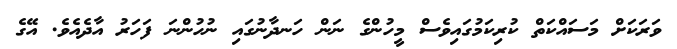
ވަރަކަށް މަސައްކަތް ކުރިކަމުގައިވެސް މީހުންގެ ނަން ހަނދާނުގައި ނުހުންނަ ފަހަރު އާދެއެވެ. އޭގެ